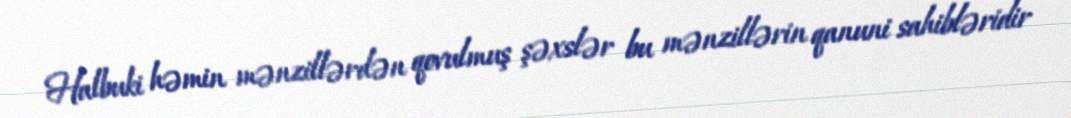
Halbuki həmin mənzillərdən qovulmuş şəxslər bu mənzillərin qanuni sahibləridir